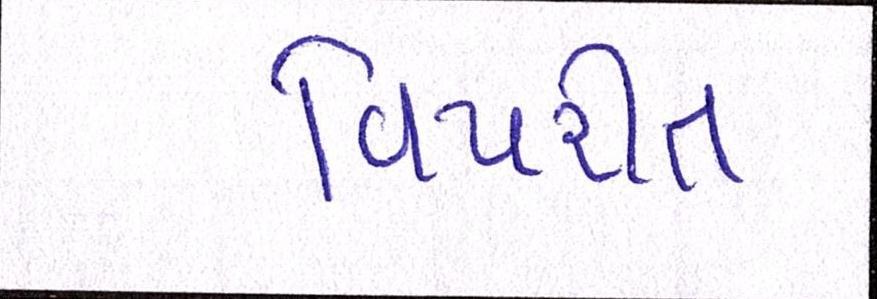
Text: વિપરીત